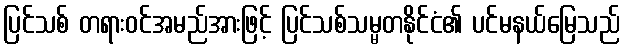
ပြင်သစ် တရားဝင်အမည်အားဖြင့် ပြင်သစ်သမ္မတနိုင်ငံ၏ ပင်မနယ်မြေသည်